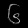
Digit: ၆